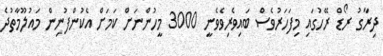
ދިރާގު ރޯޑް ރޭހުގައި މިފަަހަރުވެސް ބައިވެރިވެވެނީ 3000 މީހުންނަށް ކަމަށް އެކުންފުނިން މައުލޫމާތުދެ